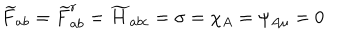
\widetilde { F } _ { a b } = \widetilde { F } _ { a b } ^ { r } = \widetilde { H } _ { a b c } = \sigma = \chi _ { A } = \psi _ { A \mu } = 0